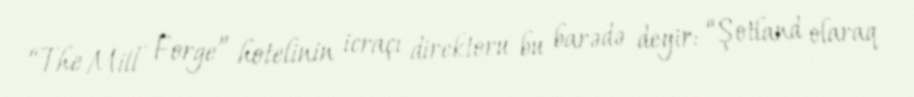
“The Mill Forge” hotelinin icraçı direktoru bu barədə deyir: “Şotland olaraq